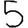
Digit: 5